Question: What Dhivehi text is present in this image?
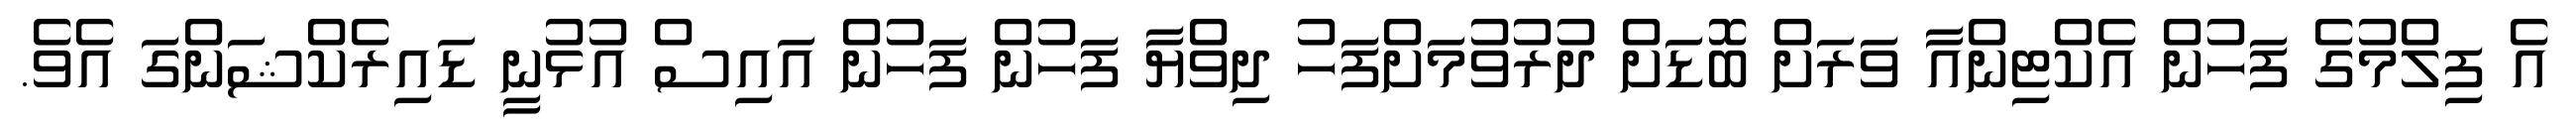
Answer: އެ ފިލްމުގެ ފަހުން އެކްޓިންއާ ވަރަށް ބޮޑަށް ދުރުވުމަށްފަހު ދިވްޔާ ފަހުން ފަހުން އައިސް އުޅުނީ ޑައިރެކްޝަންގަ އެވެ.